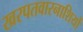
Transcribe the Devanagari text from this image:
खरपतवारनाशियों